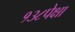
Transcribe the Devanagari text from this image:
१३८पेक्षा